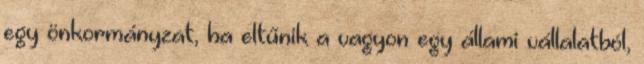
egy önkormányzat, ha eltűnik a vagyon egy állami vállalatból,